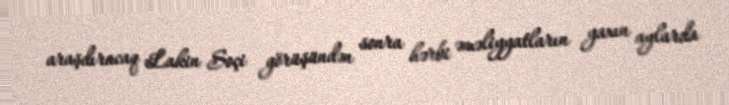
araşdıracaq Lakin Soçi görüşündən sonra hərbi əməliyyatların yaxın aylarda